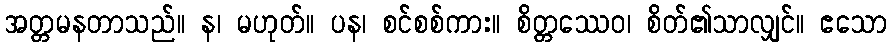
အတ္တမနတာသည်။ န၊ မဟုတ်။ ပန၊ စင်စစ်ကား။ စိတ္တဿေဝ၊ စိတ်၏သာလျှင်။ ဧသော